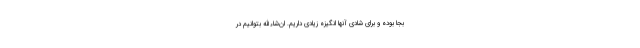
بجا بوده و برای شادی آنها انگیزه زیادی داریم. ان‌شاءالله بتوانیم در